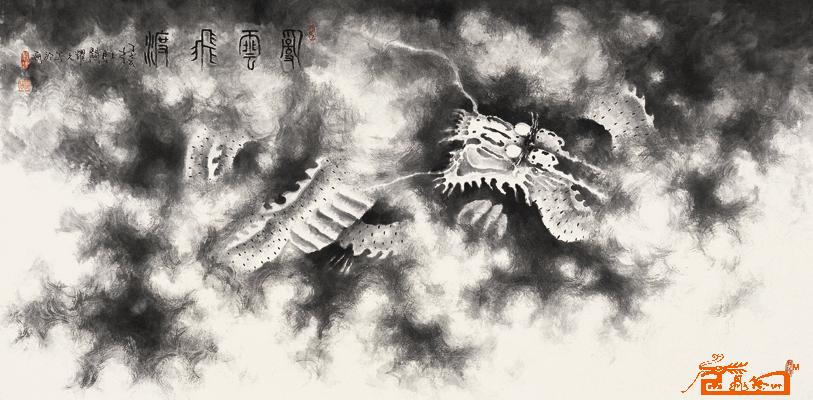
叶落当归根，云沉久必起。